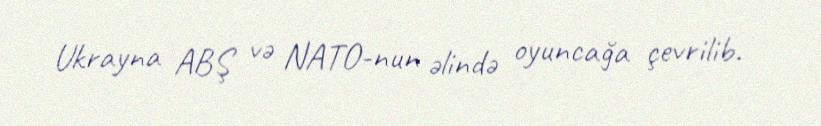
Ukrayna ABŞ və NATO-nun əlində oyuncağa çevrilib.